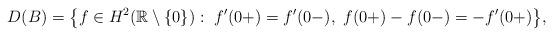
LaTeX: \begin{align*}D(B)=\big\{ f\in H^{2}(\mathbb{R}\setminus\{0\}):\ f'(0+)=f'(0-),\ f(0+)-f(0-)=-f'(0+)\big\},\end{align*}